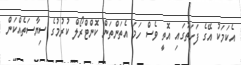
އެކަމަކު އޭގެ ފަހަތުގައި އޮތީ ވެސް ހަމަ އެތަންތަން ކޮންޓްރޯލް ކުރުމުގެ ސިޔާސަތެއްކަން